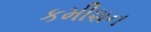
કમીશન